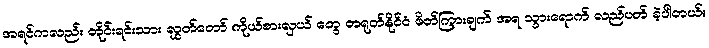
အရင်ကလည်း တိုင်းရင်းသား လွှတ်တော် ကိုယ်စားလှယ် တွေ တရုတ်နိုင်ငံ ဖိတ်ကြားချက် အရ သွားရောက် လည်ပတ် ခဲ့ပါတယ်။